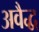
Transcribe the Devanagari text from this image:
अवैद्ध